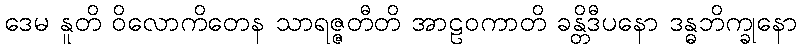
ဒေမ နူတိ ဝိလောကိတေန သာရဇ္ဇတီတိ အာဠဝကာတိ ခန္တိဒီပနော ဒန္ဓဘိက္ခုနော